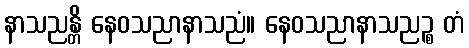
နာသညန္တိ နေဝသညာနာသညံ။ နေဝသညာနာသညဉ္စ တံ